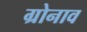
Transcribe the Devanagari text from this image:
ग्रोनाव